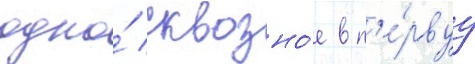
одно́ сквозно́е в п'е́рвуу